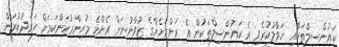
ކައުންސިލްތަކާއި ހަވާލުކުރެވި އެ ކައުންސިލްތަކުން އެ ރަށްރަށެއްގެ ޒުވާނުނަށް އެންމެ މުހިންމުކަންކަމަށް ހަރަދުކުރަން